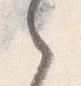
之